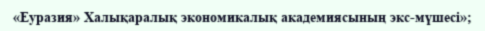
«Еуразия» Халықаралық экономикалық академиясының экс-мүшесі»;